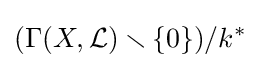
(\Gamma (X,{\mathcal {L}})\smallsetminus \{0\})/k^{\ast }